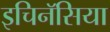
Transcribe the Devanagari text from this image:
इचिनॅसिया